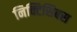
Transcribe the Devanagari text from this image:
निक्टिसिबस